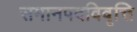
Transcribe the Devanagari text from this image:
समानपदविवृत्ति